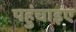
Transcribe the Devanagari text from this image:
पहुंचाइए